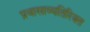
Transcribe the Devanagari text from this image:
प्रवासाव्यतिरिक्त